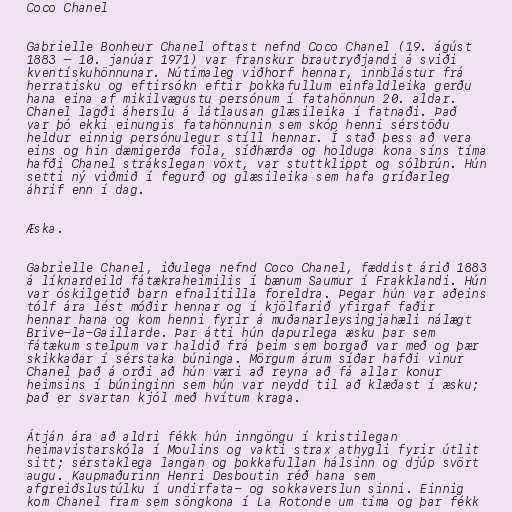
Coco Chanel

Gabrielle Bonheur Chanel oftast nefnd Coco Chanel (19. ágúst
1883 – 10. janúar 1971) var franskur brautryðjandi á sviði
kventískuhönnunar. Nútímaleg viðhorf hennar, innblástur frá
herratísku og eftirsókn eftir þokkafullum einfaldleika gerðu
hana eina af mikilvægustu persónum í fatahönnun 20. aldar.
Chanel lagði áherslu á látlausan glæsileika í fatnaði. Það
var þó ekki einungis fatahönnunin sem skóp henni sérstöðu
heldur einnig persónulegur stíll hennar. Í stað þess að vera
eins og hin dæmigerða föla, síðhærða og holduga kona síns tíma
hafði Chanel strákslegan vöxt, var stuttklippt og sólbrún. Hún
setti ný viðmið í fegurð og glæsileika sem hafa gríðarleg
áhrif enn í dag.

Æska.

Gabrielle Chanel, iðulega nefnd Coco Chanel, fæddist árið 1883
á líknardeild fátækraheimilis í bænum Saumur í Frakklandi. Hún
var óskilgetið barn efnalítilla foreldra. Þegar hún var aðeins
tólf ára lést móðir hennar og í kjölfarið yfirgaf faðir
hennar hana og kom henni fyrir á muðanarleysingjahæli nálægt
Brive-la-Gaillarde. Þar átti hún dapurlega æsku þar sem
fátækum stelpum var haldið frá þeim sem borgað var með og þær
skikkaðar í sérstaka búninga. Mörgum árum síðar hafði vinur
Chanel það á orði að hún væri að reyna að fá allar konur
heimsins í búninginn sem hún var neydd til að klæðast í æsku;
það er svartan kjól með hvítum kraga.

Átján ára að aldri fékk hún inngöngu í kristilegan
heimavistarskóla í Moulins og vakti strax athygli fyrir útlit
sitt; sérstaklega langan og þokkafullan hálsinn og djúp svört
augu. Kaupmaðurinn Henri Desboutin réð hana sem
afgreiðslustúlku í undirfata- og sokkaverslun sinni. Einnig
kom Chanel fram sem söngkona í La Rotonde um tíma og þar fékk